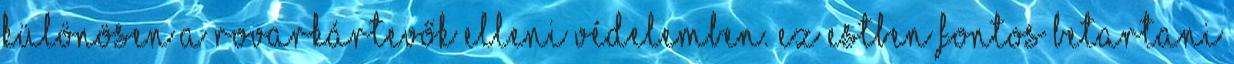
különösen a rovarkártevők elleni védelemben. Ez estben fontos betartani